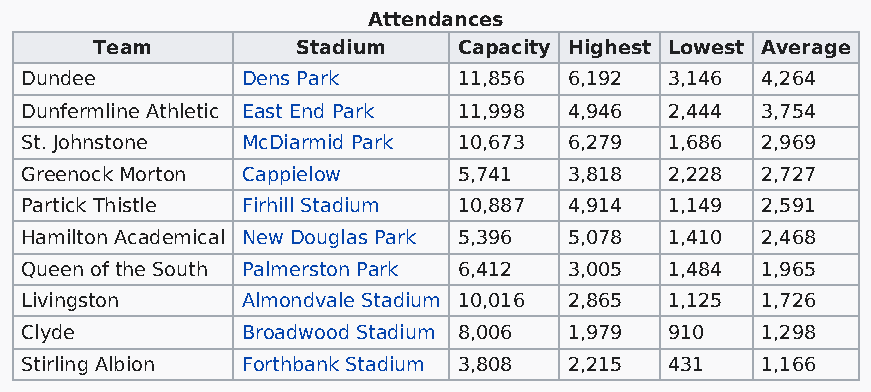
Attendances
 Team          Stadium   Capacity Highest Lowest Average
 Dundee         Dens Park     11,856  6,192 3,146 4,264
 Dunfermline Athletic East End Park 11,998 4,946 2,444 3,754
 St. Johnstone  McDiarmid Park 10,673 6,279 1,686 2,969
 Greenock Morton Cappielow    5,741   3,818 2,228 2,727
 Partick Thistle Firhill Stadium 10,887 4,914 1,149 2,591
 Hamilton Academical New Douglas Park 5,396 5,078 1,410 2,468
 Queen of the South Palmerston Park 6,412 3,005 1,484 1,965
 Livingston     Almondvale Stadium 10,016 2,865 1,125 1,726
 Clyde          Broadwood Stadium 8,006 1,979 910 1,298
 Stirling Albion Forthbank Stadium 3,808 2,215 431 1,166